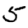
Digit: 5